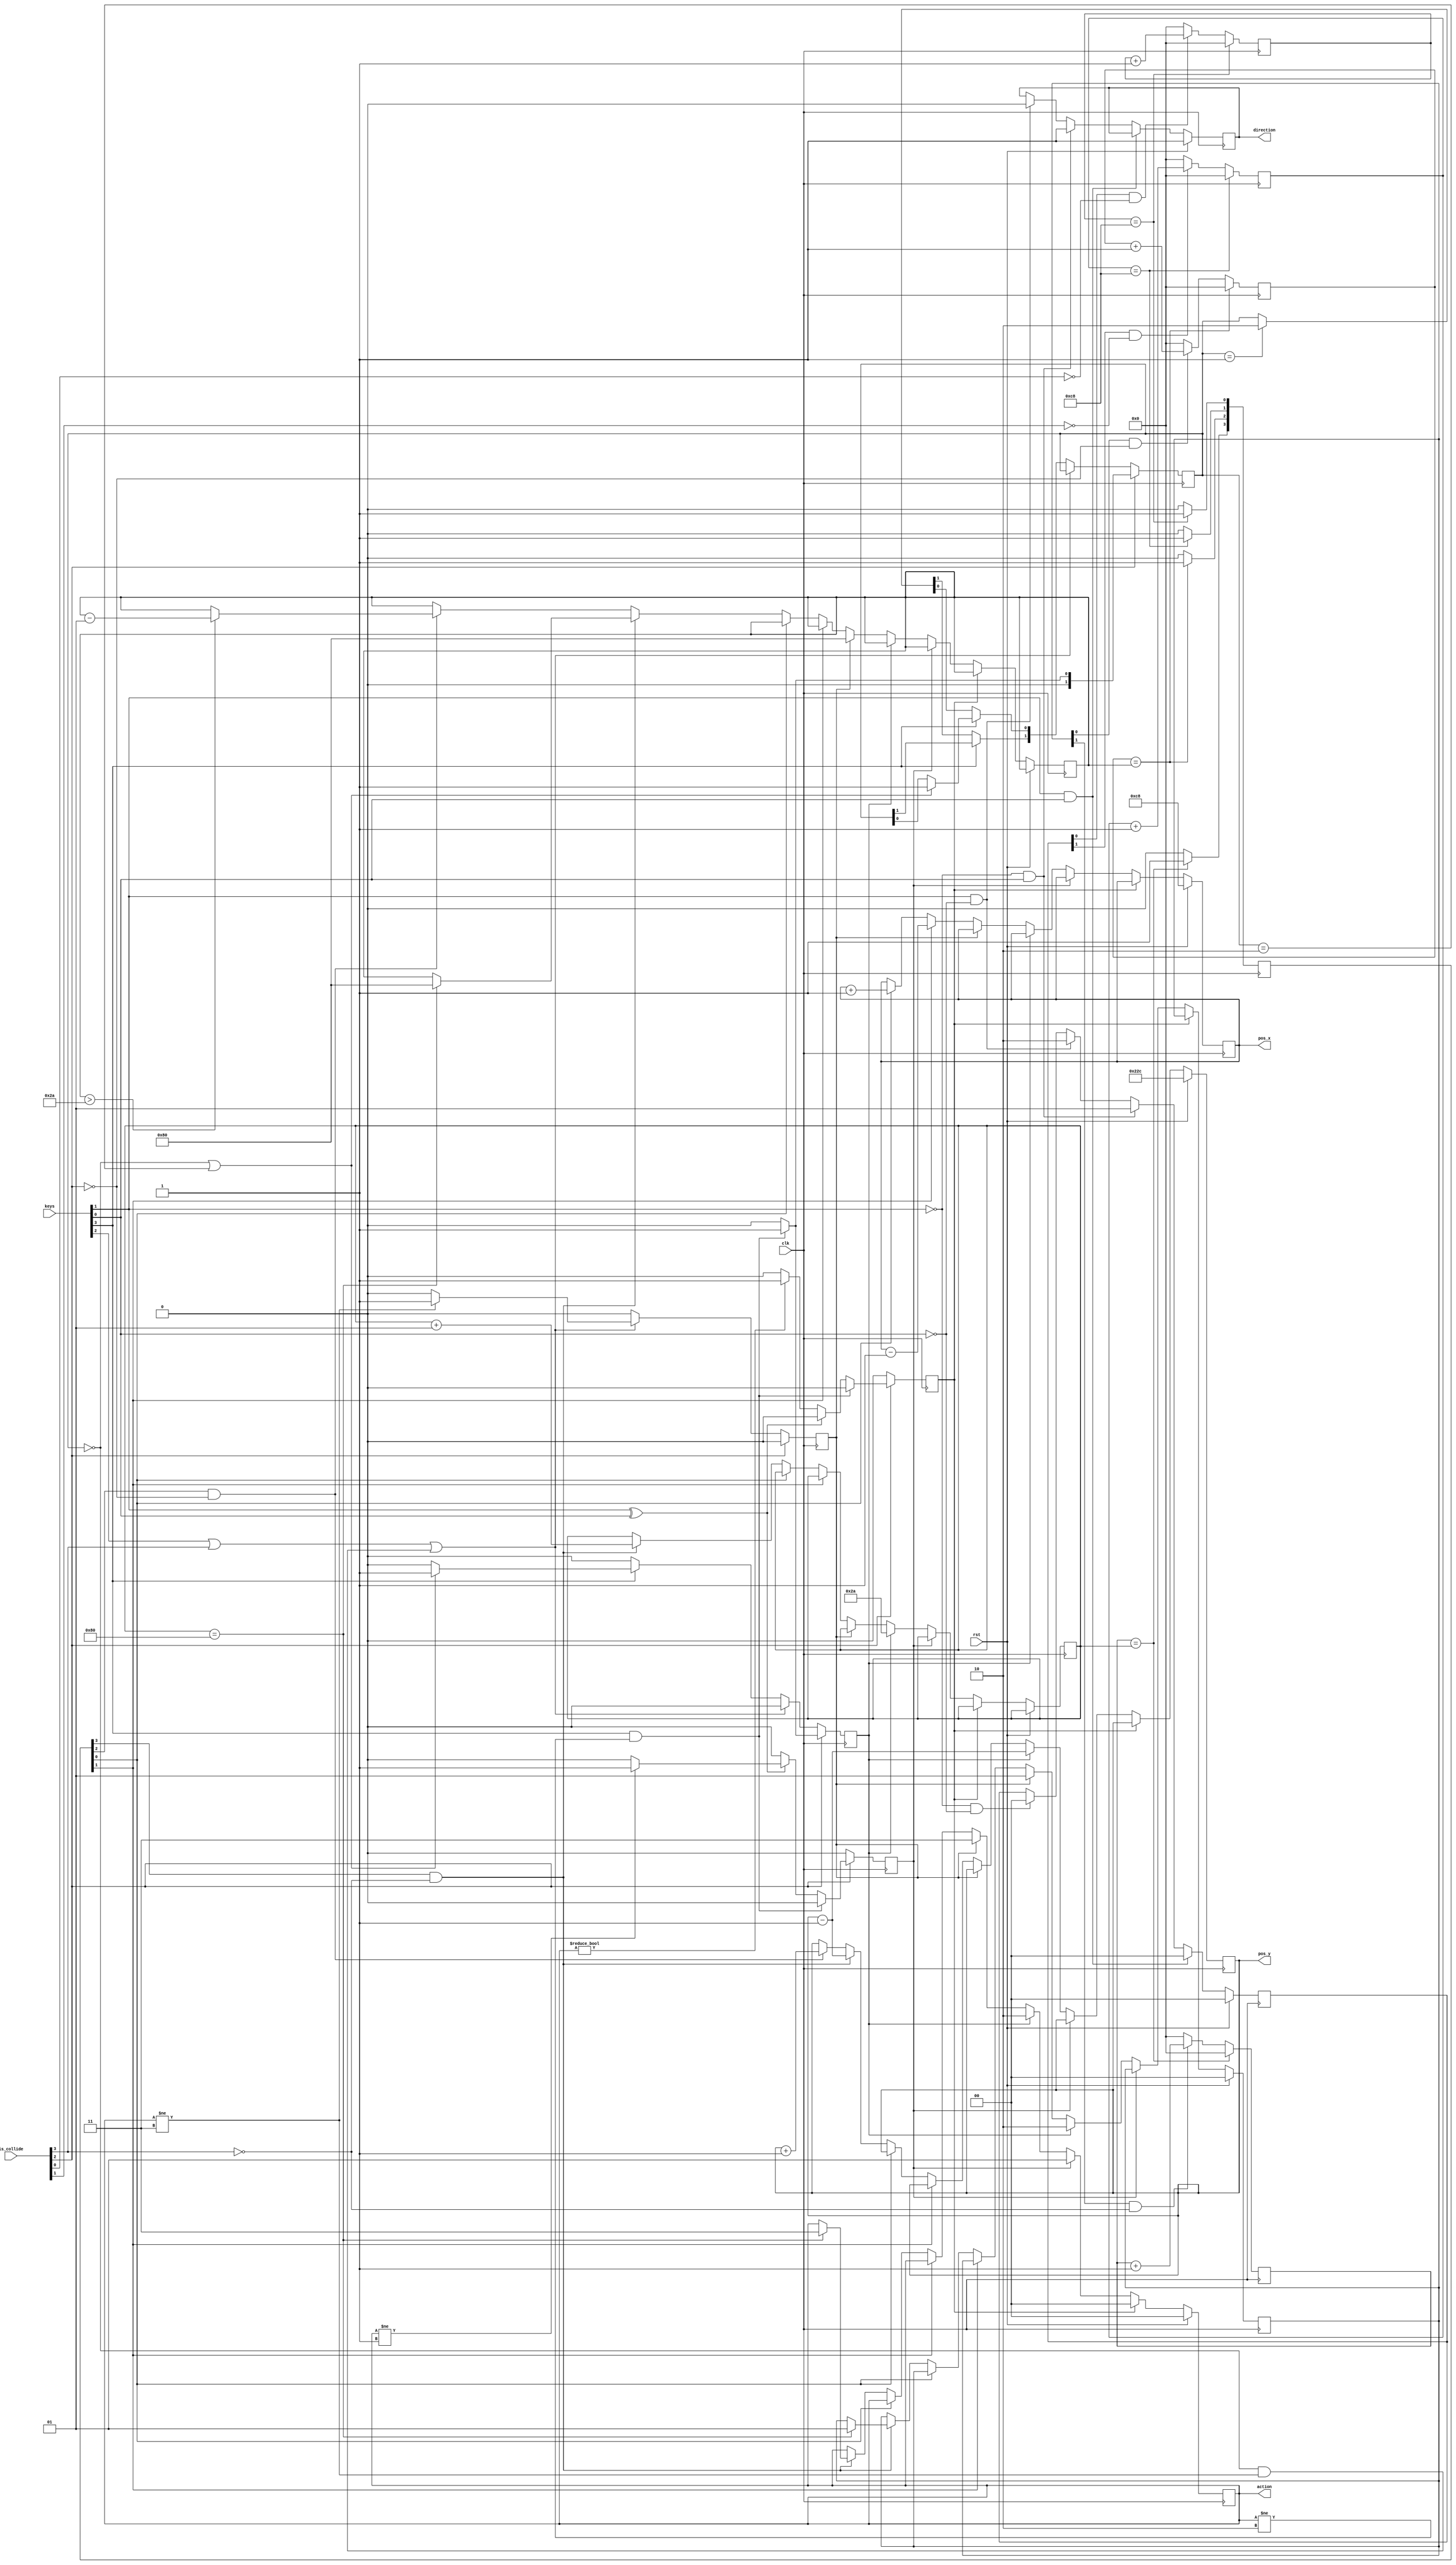
module state_update (
    input clk,
    input rst,
    input [3:0] keys,
    input [3:0] is_collide,
    output reg direction,
    output reg [1:0] action,
    output reg [9:0] pos_x = init_pos_x,
    output reg [9:0] pos_y = init_pos_y
);

    parameter init_pos_x = 200;
    parameter init_pos_y = 556;
    parameter init_x_inv = 200;
    parameter init_jump_inv = 42;
    parameter init_fall_inv = 128;

    integer i;
    integer will_move_filter [3:0];
    integer speed_inv [3:0];

    reg idle_signal, run_signal, jump_signal, fall_signal;
    reg [1:0] jump_state = 2'b00;   // 00: no jump, 01: first press jump, 10: release jump, 11: second press jump
    reg [3:0] move_signal = 4'b0000;    // up, down, left, right
    reg [3:0] will_move = 4'b0000;

    wire jump, fall, left, right;
    wire up_signal, down_signal, left_signal, right_signal;

    assign {jump, fall, left, right} = keys;
    assign {up_signal, down_signal, left_signal, right_signal} = move_signal;

    initial begin
        direction = 1'b1;   // 0: left, 1: right
        action = 2'b00;     // 00: idle, 01: running, 10: jumping, 11: falling
        pos_x = init_pos_x;
        pos_y = init_pos_y;

        speed_inv[3] = init_jump_inv;
        speed_inv[2] = init_fall_inv;
        speed_inv[1] = init_x_inv;
        speed_inv[0] = init_x_inv;
    end

    always @(posedge clk) begin
        idle_signal = 1'b0;
        run_signal = 1'b0;
        jump_signal = 1'b0;
        fall_signal = 1'b0;

        if (is_collide[2]) begin
            jump_state = 2'b00;
            if (jump && action != 2'b10) begin
                jump_signal = 1'b1;
                jump_state = 2'b01;
            end else begin
                if (left ^ right) begin
                    if (action != 2'b01) begin
                        run_signal = 1'b1;
                    end
                end else begin
                    if (action != 2'b00) begin
                        idle_signal = 1'b1;
                    end
                end
            end
        end else begin
            if (fall || is_collide[3] || (jump_state == 2'b00 && action != 2'b11)) begin
                if (action != 2'b11) begin
                    fall_signal = 1'b1;
                end
            end else if (jump) begin
                if (jump_state == 2'b00 || jump_state == 2'b10) begin
                    jump_signal = 1'b1;
                    jump_state[0] = 1'b1;
                end
            end else begin
                if (jump_state == 2'b01) begin
                    jump_state = 2'b10;
                end
            end
        end
    end

    always @(negedge clk) begin
        if (rst) begin
            action <= 2'b00;
            pos_x <= init_pos_x;
            pos_y <= init_pos_y;
            will_move[3:2] <= 2'b00;
        end else begin
            if (idle_signal) begin
                action <= 2'b00;
            end
            else if (run_signal) begin
                action <= 2'b01;
            end
            else if (jump_signal) begin
                action <= 2'b10;
                will_move[3:2] <= 2'b10;
                speed_inv[3] <= init_jump_inv;
                pos_y <= pos_y - 1;
            end
            else if (fall_signal) begin
                action <= 2'b11;
                will_move[3:2] <= 2'b01;
                speed_inv[2] <= init_fall_inv;
            end

            else if (left_signal) begin
                pos_x <= pos_x - 1;
            end
            else if (right_signal) begin
                pos_x <= pos_x + 1;
            end
            else if (up_signal && !is_collide[3]) begin
                pos_y <= pos_y - 1;
                speed_inv[3] <= speed_inv[3] + 1;
                if (speed_inv[3] == init_fall_inv) begin
                    action <= 2'b11;
                    speed_inv[2] <= init_fall_inv;
                    will_move[3:2] <= 2'b01;
                end
            end
            else if (down_signal && !is_collide[2]) begin
                pos_y <= pos_y + 1;
                if (speed_inv[2] > init_jump_inv) begin
                    speed_inv[2] <= speed_inv[2] - 1;
                end
            end
        end
    end

    always @(negedge clk) begin
        if (rst) begin
            direction <= 1'b1;
            will_move[1:0] <= 2'b00;
        end else begin
            if (left == 1'b0 && right == 1'b0) begin
                direction <= direction;
                will_move[1:0] <= 2'b00;
            end
            if (left == 1'b1 && right == 1'b0) begin
                direction <= 1'b0;
                will_move[1:0] <= 2'b10;
            end
            if (left == 1'b0 && right == 1'b1) begin
                direction <= 1'b1;
                will_move[1:0] <= 2'b01;
            end
            if (left == 1'b1 && right == 1'b1) begin
                direction <= direction;
                will_move[1:0] <= 2'b00;
            end
        end
    end

    always @(posedge clk) begin
        for (i = 0; i < 4; i = i + 1) begin
            if (will_move[i] == 1'b1 && !is_collide[i]) begin
                will_move_filter[i] <= will_move_filter[i] + 1'b1;
            end else begin
                will_move_filter[i] <= 8'h00;
            end
        end
        for (i = 0; i < 4; i = i + 1) begin
            if (will_move_filter[i] == speed_inv[i]) begin
                move_signal[i] <= 1'b1;
                will_move_filter[i] <= 8'h00;
            end else begin
                move_signal[i] <= 1'b0;
            end
        end
    end
    
endmodule